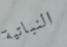
النباتية